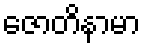
ဇောတိနာမာ